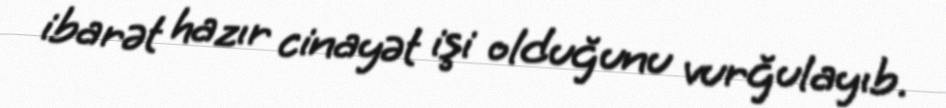
ibarət hazır cinayət işi olduğunu vurğulayıb.